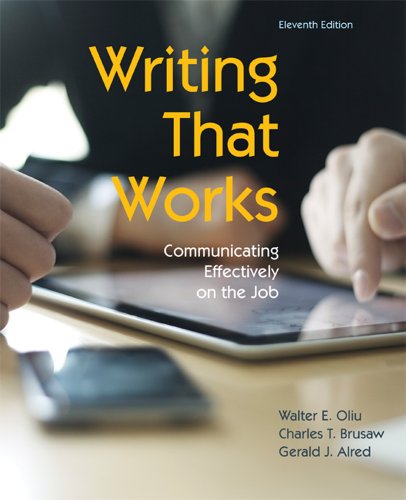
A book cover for Writing That Works: Communicating Effectively on the Job, 11th Edition; Walter E. Oliu; Business & Money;